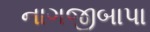
નાગજીબાપા